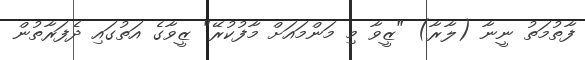
ފާތުމަތު ނީނާ (ލާރާ) "ޒީވާ މި މަންމައަށް މާފުކުރޭ" ޒީވާގެ އަތުގައި ދެފަރާތުން